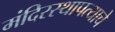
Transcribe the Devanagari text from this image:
मंदिरस्थापत्याचे